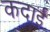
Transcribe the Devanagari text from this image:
कदाई